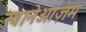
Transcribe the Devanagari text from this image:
खानेआज़म